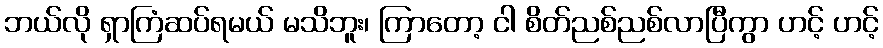
ဘယ်လို ရှာကြံဆပ်ရမယ် မသိဘူး၊ ကြာတော့ ငါ စိတ်ညစ်ညစ်လာပြီကွာ ဟင့် ဟင့်